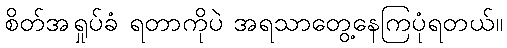
စိတ်အရှုပ်ခံ ရတာကိုပဲ အရသာတွေ့နေကြပုံရတယ်။